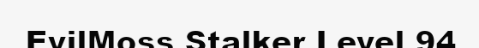
EvilMoss Stalker Level 94